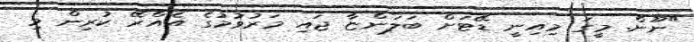
"ނޫން. މީގަ މިއިނީ ޑޭޓަށް ބަލަންޏާ ޖައި މަރުވުމުގެ އެއްރޭ ކުރިން މި